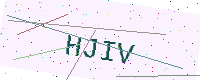
Text: HJIV